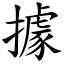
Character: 據